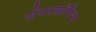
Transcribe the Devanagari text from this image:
शेयरक्रॉपिन्ग